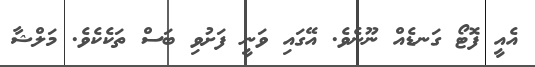
އެއީ ފޮޓޯ ގަނޑެއް ނޫނެވެ. އޭގައި ވަނީ ފަށުވި ބަސް ތަކެކެވެ. މަލްޝާ